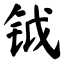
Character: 钺